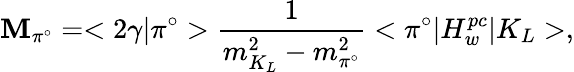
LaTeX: \mathbf{M}_{\pi^{\circ}}=<2\gamma|\pi^{\circ}>\frac{{1}}{{m_{K_{L}}^{2}-m_{\pi^{\circ}}^{2}}}<\pi^{\circ}|H_{w}^{pc}|K_{L}>,